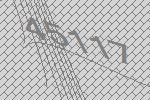
45117